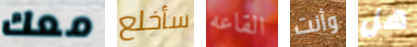
معك سأخلع القاعه وأنت هل